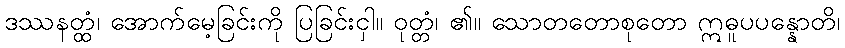
ဒဿနတ္ထံ၊ အောက်မေ့ခြင်းကို ပြခြင်းငှါ။ ဝုတ္တံ၊ ၏။ သောတတောစုတော ဣဓူပပန္နောတိ၊